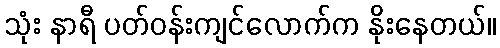
သုံး နာရီ ပတ်ဝန်းကျင်လောက်က နိုးနေတယ်။